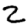
Digit: 2